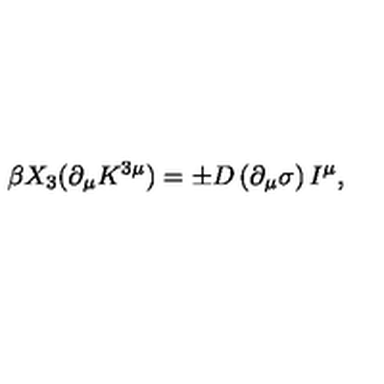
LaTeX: \beta X _ { 3 } ( \partial _ { \mu } K ^ { 3 \mu } ) = \pm D \left( \partial _ { \mu } \sigma \right) I ^ { \mu } ,